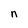
Character: n